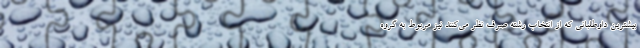
بیشترین داوطلبانی که از انتخاب رشته صرف نظر می‌کنند نیز مربوط به گروه